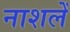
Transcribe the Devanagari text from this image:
नाशलें